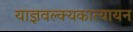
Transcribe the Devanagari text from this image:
याज्ञवल्क्यकात्यायन